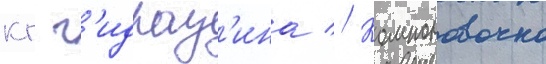
кг г'идраз'ина // Компоновочно